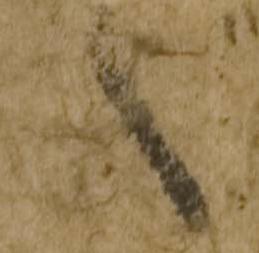
言